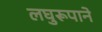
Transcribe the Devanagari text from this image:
लघुरूपाने